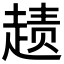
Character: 𲃏